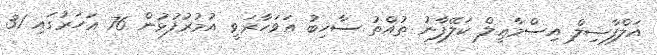
އަލްފާޟިލް އިސްމާޢީލް ކަލޭފާނު ތުއްތު ސާހިބު އަވަހާރަވީ އުމުރުފުޅުން 76 އަހަރުގައި 31